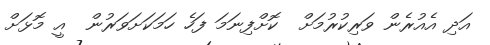
އަދި އެއުރެން ވަރިކުރުމަށް  ކޮށްފިނަމަ ފަހެ ހަމަކަށަވަރުން  އީ މޮޅަށް